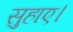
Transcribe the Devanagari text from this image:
सुहाए।